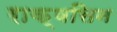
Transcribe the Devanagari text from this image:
राक्षसिन